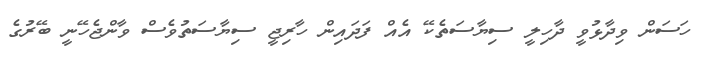
ހަސަން ވިދާޅުވީ ދާހިލީ ސިޔާސަތެކޭ އެއް ފަދައިން ހާރިޖީ ސިޔާސަތުވެސް ވާންޖެހޭނީ ބޭރުގެ